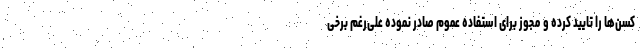
کسن‌ها را تایید کرده و مجوز برای استفاده عموم صادر نموده علی‌رغم برخی